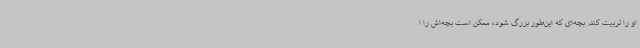
او را تربیت کند. بچه‌ای که این‌طور بزرگ شود، ممکن است بچه‌اش را ا